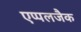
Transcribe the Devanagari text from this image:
एप्पलजैक